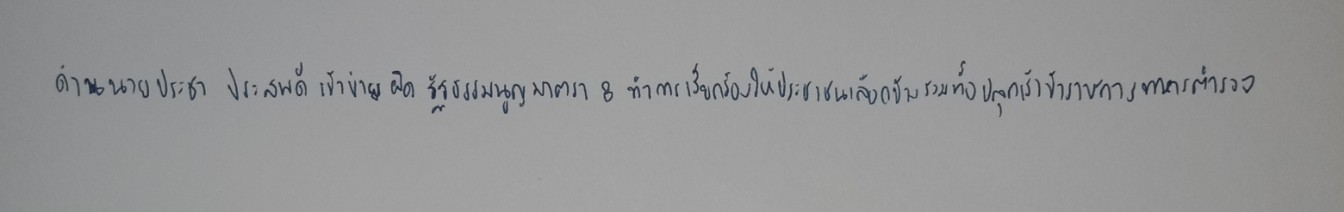
ด้านนายประชา ประสพดีเข้าข่ายผิดรัฐธรรมนูญมาตรา8ทำการเรียกร้องให้ประชาชนเลือกข้างรวมทั้งปลุกเร้าข้าราชการทหารตำรวจ